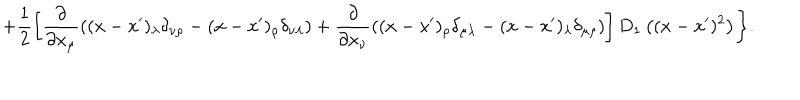
+ \frac 1 2 \left[ \frac { \partial } { \partial x _ { \mu } } ( ( x - x ^ { \prime } ) _ { \lambda } \delta _ { \nu \rho } - ( x - x ^ { \prime } ) _ { \rho } \delta _ { \nu \lambda } ) + \frac { \partial } { \partial x _ { \nu } } ( ( x - x ^ { \prime } ) _ { \rho } \delta _ { \mu \lambda } - ( x - x ^ { \prime } ) _ { \lambda } \delta _ { \mu \rho } ) \right] D _ { 1 } \left( ( x - x ^ { \prime } ) ^ { 2 } \right) \Biggr \} .